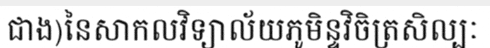
ជាង)នៃសាកលវិទ្យាល័យភូមិន្ទវិចិត្រសិល្បៈ